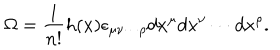
\Omega = \frac { 1 } { n ! } h ( x ) \epsilon _ { { \mu } { \nu } \cdots { \rho } } d x ^ { \mu } d x ^ { \nu } \cdots d x ^ { \rho } .